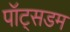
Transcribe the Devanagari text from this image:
पॉट्सडम